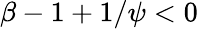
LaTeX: \beta-1+1/\psi<0